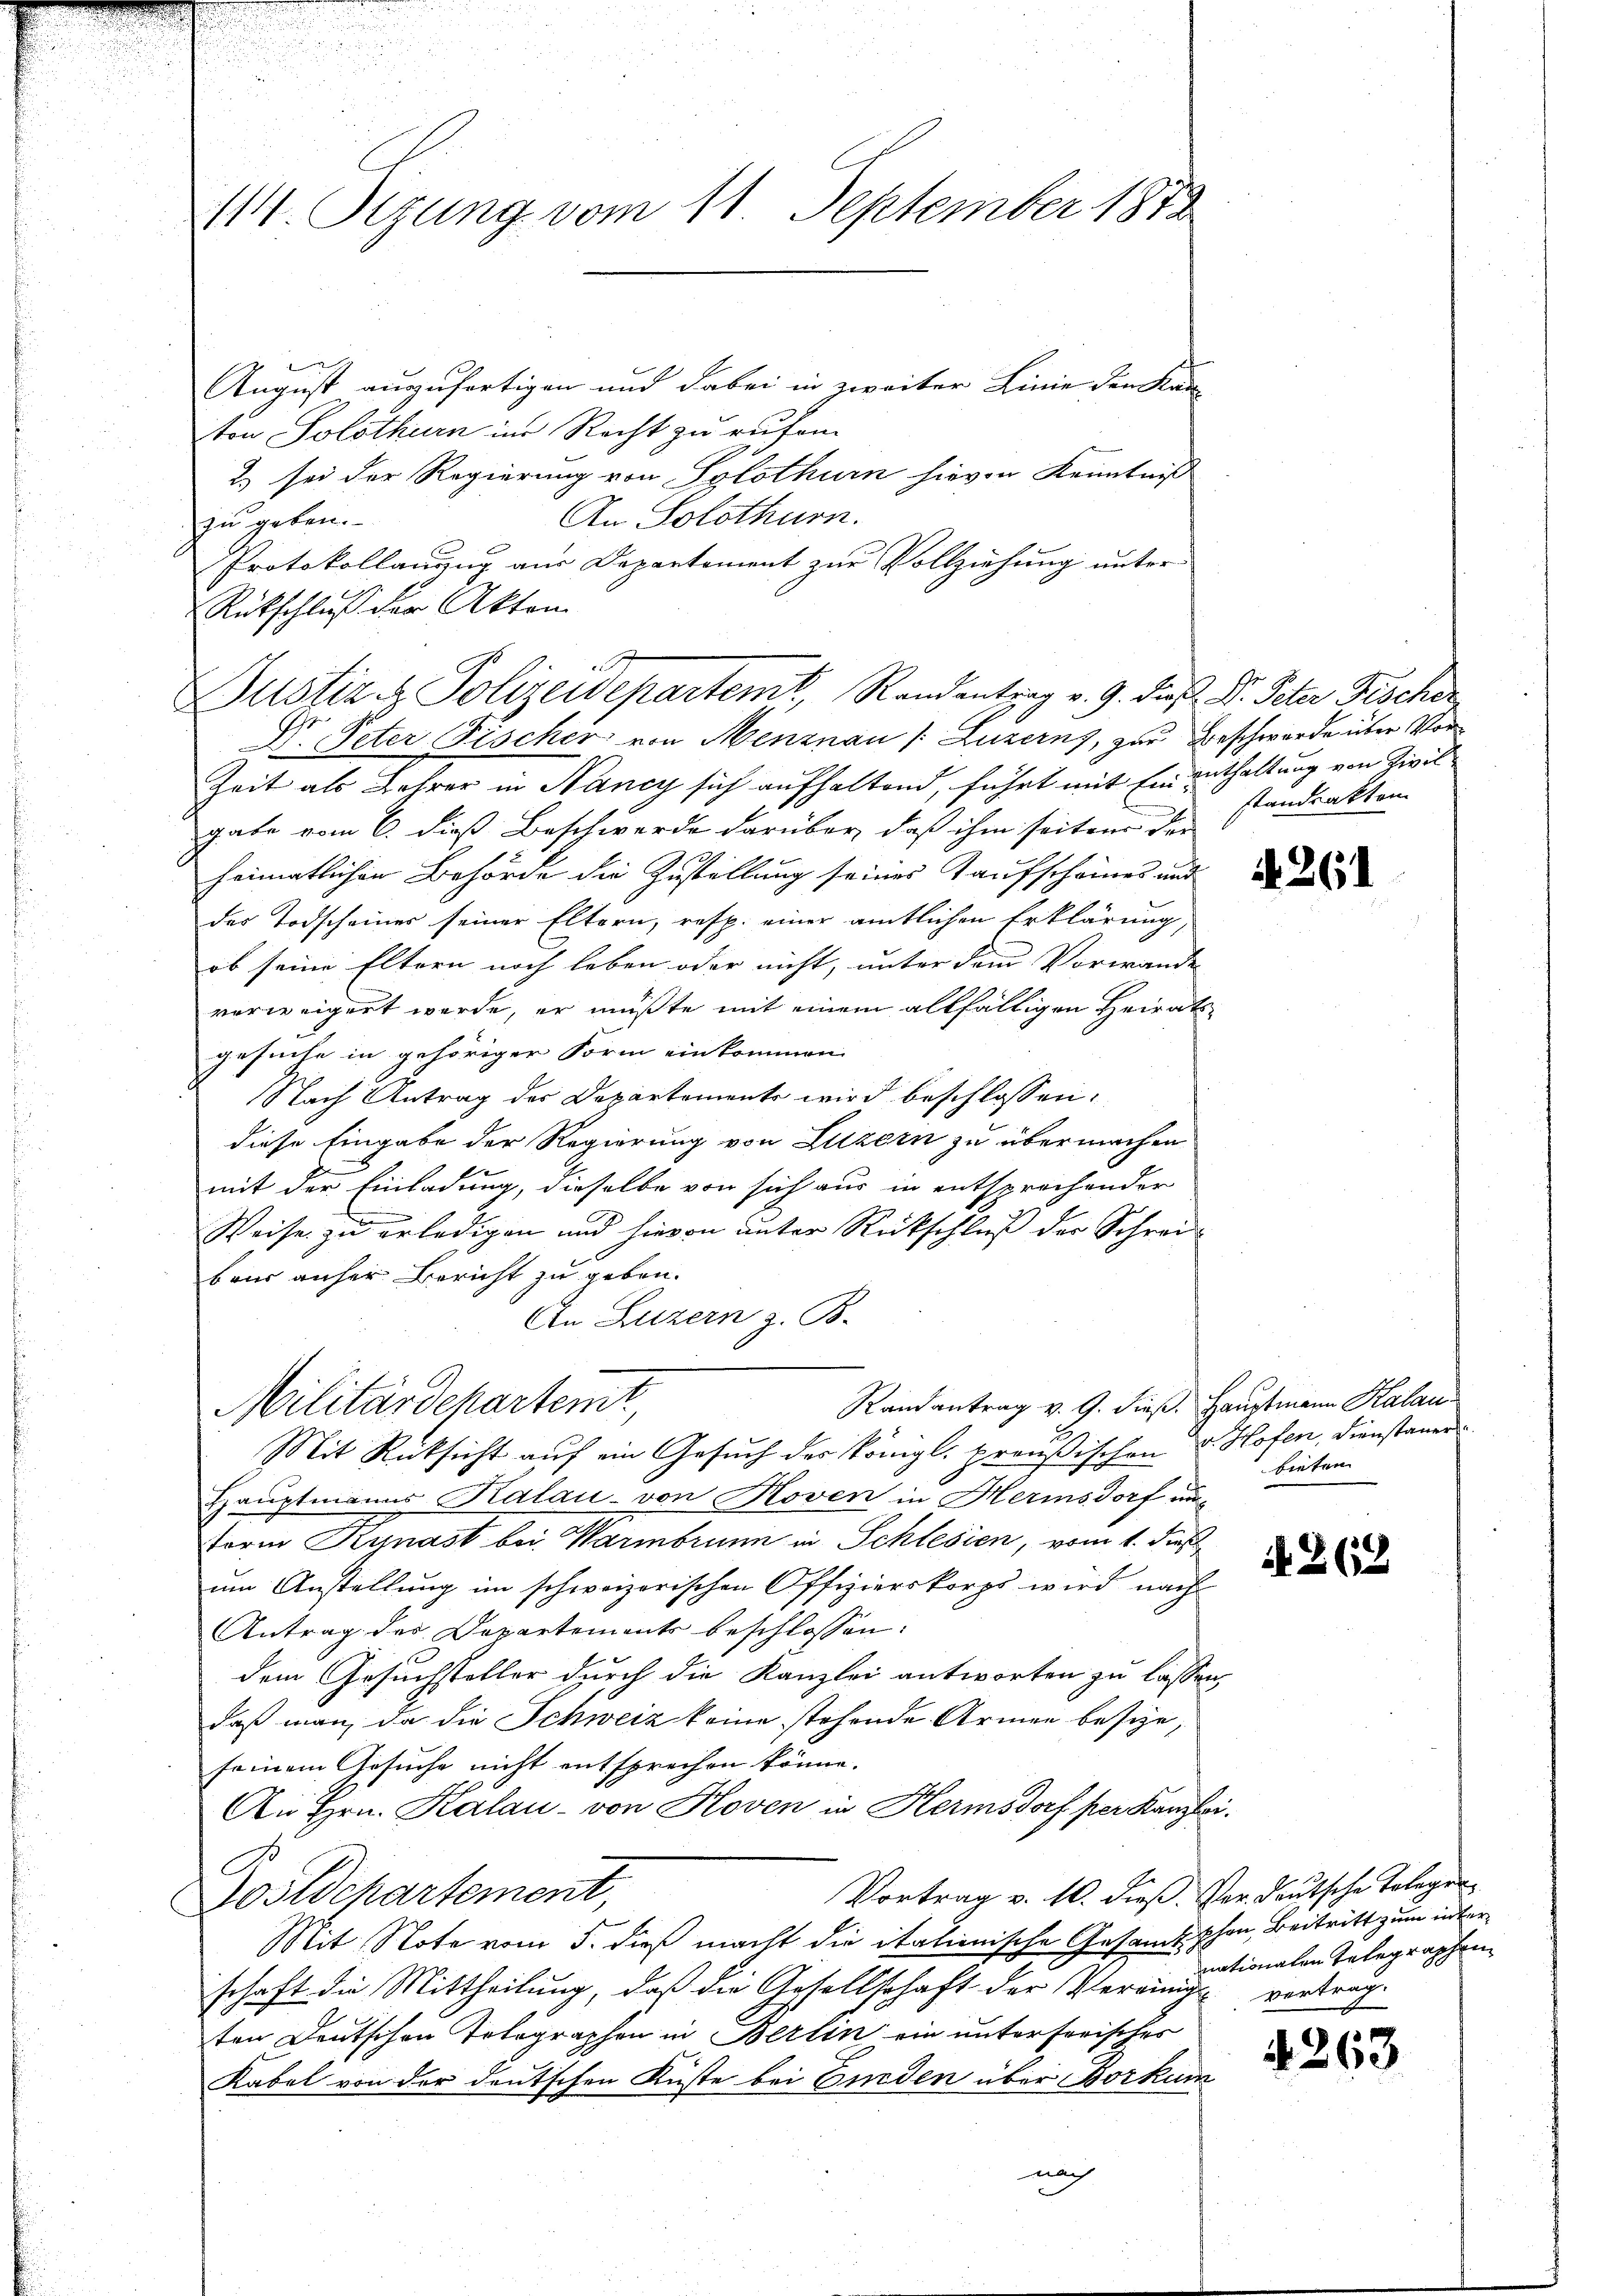
114. Sizung vom 11. September 1872

August auszufertigen und dabei in zweiter Linie den Kan
ton Solothurn im Recht zu rufen
2) sei der Regierung von Solothurn hievon Kenntniß
An Solothurn.
zu geben.
Protokollanung aus Departement zur Vollziehung unter
Rückschluß der Akten
V. Peter Fischer von Menznau (Luzern, zur Beschwerde über Vor¬
Zeit als Lehrer in Nancy sich aufhaltend, führt mit Ein enthaltung von Zivil
gabe vom 6. dieß Beschwerde darüber, daß ihm seitens der
heimatlichen Behörde die Zustellung seines Kaufscheines und
des Todscheiner seiner Eltern, resp. einer amtlichen Erklärung,
ob seine Eltern noch leben oder nicht, unter dem Vorwande |
verweigert wurde, er müßte mit einem allfälligen Heirat
gesuche in gehöriger Form einkommen
Nach Antrag der Departements wird beschlossen:
diese Eingabe der Regierung von Luzern zu übermachen
mit der Einladung, dieselbe von sich aus in entsprechender
Weise zu erledigen und hievon unter Rückschluß der Schrei-
beurs anher Bericht zu geben.
An Luzern z. B.
Randantrag v. 9. dieß. Hauptmann Kalau
Militärdepartemt,
Mit Rücksicht auf ein Gesuch des Königl. preußischen
Hauptmanns Kalau - von Noven in Herinsdorf un¬
Form Kynast bei Warmbrunn in Schlesien, vom 1. dies
um Anstellung im schweizerischen Offizierskorps wird nach
Antrag des Departements beschlossen:
dem Gesuchsteller durch die Kanzlei antworten zu lassen,
daß man, da die Schweiz keine stehende Armen besize,
seinem Gesuche nicht entsprechen könne.
An Hrn. Kalau - von Hoven in Hermsdorf per Kanzl
l
Vortrag v. 10. dieß. Vor deutsche Telegen
Postdepartement,
Mit Note vom 5. dieß macht die italienische Gesamt schon, Beitritt zum interschaft die Mittheilung, daß die Gesellschaft der Vereinige vortragten Deutschen Telegraphen in Berlin ein unterferisches
Kabel von der deutschen Küste bei Einden über Borkum
nach

Justiz & Polizeidepartemit, Rendentrag v. 9. dieß. Dr. Peter Fischer

standsakten

.

A. 261

v. Hofen, Dienstauer
bieten

N. Z. 23

nationalen Telegraphen

4263